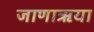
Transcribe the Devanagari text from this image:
जाणाऋया